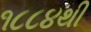
૧૮૮૪થી